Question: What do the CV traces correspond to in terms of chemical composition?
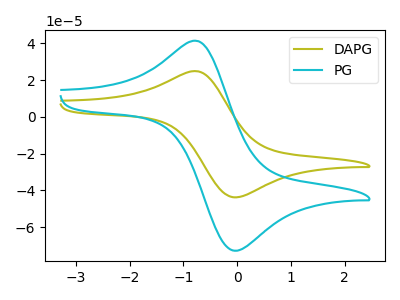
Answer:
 <answer>The olive curve is labeled "DAPG". The cyan curve is labeled "PG".</answer>
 <eval></eval>